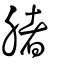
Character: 䐗